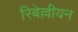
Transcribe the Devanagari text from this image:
रिबेल्लीयन